Indian journal of veterinary science and animal husbandry - Volumes 15-17, 1948-1951
Year: 1948
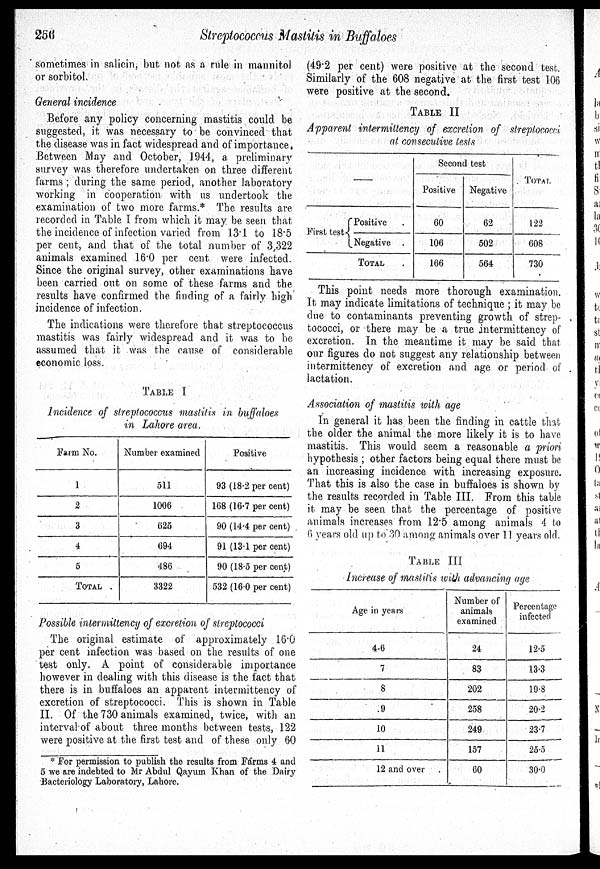
256
Streptococcus Mastitis in Buffaloes
sometimes in salicin, but not as a rule in mannitol
or sorbitol.
General incidence
Before any policy concerning mastitis could be
suggested, it was necessary to be convinced that
the disease was in fact widespread and of importance.
Between May and October, 1944, a preliminary
survey was therefore undertaken on three different
farms; during the same period, another laboratory
working in cooperation with us undertook the
examination of two more farms.* The results are
recorded in Table I from which it may. be seen that
the incidence of infection varied from 13.1 to 18.5
per cent, and that of the total number of 3,322
animals examined 16.0 per cent were infected.
Since the original survey, other examinations have
been carried out on some of these farms and the
results have confirmed the finding of a fairly high
incidence of infection.
The indications were therefore that streptococcus
mastitis was fairly widespread and it was to be
assumed that it was the cause of considerable
economic loss.
TABLE I
Incidence of streptococcus mastitis in buffaloes
in Lahore area.
Farm No.
1
2
3
4
5
TOTAL
Number examined
511
1006
625
694
486
3322
Positive
93 (18.2 per cent)
168 (16.7 per cent)
90 (14.4 per cent)
91 (13.1 per cent)
90 (18.5 per cent)
532 (16.0 per cent)
Possible intermittency of excretion of streptococci
The original estimate of approximately 16.0
per cent infection was based on the results of one
test only. A point of considerable importance
however in dealing with this disease is the fact that
there is in buffaloes an apparent intermittency of
excretion of streptococci. This is shown in Table
II. Of the 730 animals examined, twice, with an
interval of about three months between tests, 122
were positive at the first test and of these only 60
(49.2 per cent) were positive at the second test.
Similarly of the 608 negative at the first test 106
were positive at the second.
TABLE II
Apparent intermittency of excretion of streptococci
at consecutive tests
—
First test
Positive.
Negative .
TOTAL .
Second test
Positive
60
106
166
Negative
62
502
564
TOTAL
122
608
730
This point needs more thorough examination.
It may indicate limitations of technique; it may be
due to contaminants preventing growth of strep-
tococci, or there may be a true intermittency of
excretion. In the meantime it may be said that
our figures do not suggest any relationship between
intermittency of excretion and. age or period of
lactation.
Association of mastitis with age
In general it has been the finding in cattle that
the older the animal the more likely it is to have
mastitis. This would seem a reasonable a priori
hypothesis; other factors being equal there must be
an increasing incidence with increasing exposure.
That this is also the case in buffaloes is shown by
the results recorded in Table III. From this table
it may be seen that the percentage of positive
animals increases from 12.5 among animals 4 to
6 years old up to 30 among animals over 11 years old.
TABLE III
Increase of mastitis with advancing age
Age in years
4-6
7
8
9
10
11
12 and over
Number of
animals
examined
24
83
202
258
249
157
60
Percentage
infected
12.5
13.3
19.8
20.2
23.7
25.5
30.0
* For permission to publish the results from Farms 4 and
5 we are indebted to Mr Abdul Qayum Khan of the Dairy
Bacteriology Laboratory, Lahore.